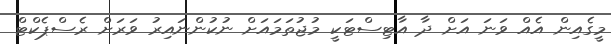
މީގެއިން އެއް ވަނަ އަށް ދާ އާޓިސްޓަކީ މުޖުތަމައަށް ނުކުންނައިރު ވަރަށް ރެސްޕެކްޓް